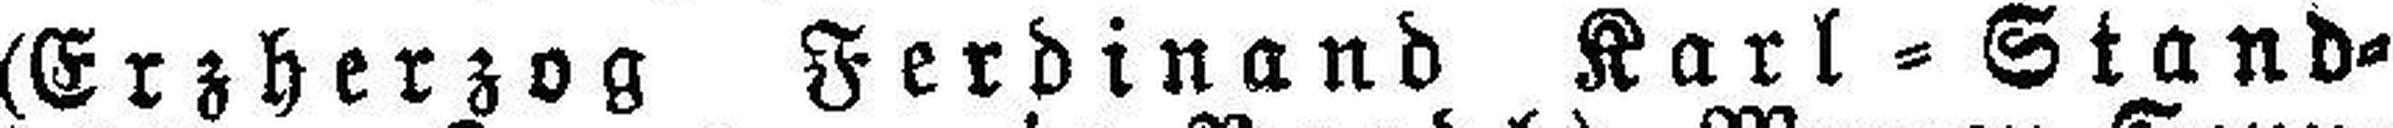
(Erzherzog Ferdinand Karl = Stand¬